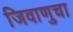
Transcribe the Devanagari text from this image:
जिवाणुचा